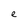
Character: e